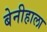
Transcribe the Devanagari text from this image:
बेनीहाला